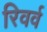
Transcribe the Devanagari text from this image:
रिवर्व